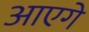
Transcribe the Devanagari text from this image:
आएगे